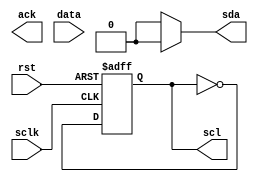
module ptosda(rst,sclk,ack,scl,sda,data);
input sclk,rst;
input [3:0] data;
output ack,scl,sda;
reg scl,link_sda,ack,sdabuf;
reg [3:0] databuf;
reg [7:0] state;
assign sda = link_sda?sdabuf:1'b0;

parameter ready = 8'b0000_0000,
          start = 8'b0000_0001,
          bit1 = 8'b0000_0010,
          bit2 = 8'b0000_0100,
          bit3 = 8'b0000_1000,
          bit4 = 8'b0001_0000,
          bit5 = 8'b0010_0000,
          stop = 8'b0100_0000,
          IDLE = 8'b1000_0000;
always @(posedge sclk or negedge rst) begin
    if(!rst)
        scl=1;
    else
        scl=~scl;
end

endmodule